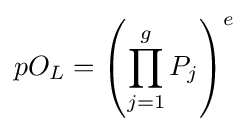
pO_{L}=\left(\prod _{j=1}^{g}P_{j}\right)^{e}